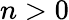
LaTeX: n>0